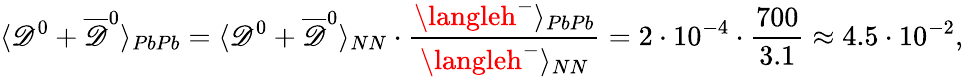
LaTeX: \langle\mathscr{D}^{0}+\overline{{{{\mathscr{D}}}}}^{0}\rangle_{PbPb}=\langle\mathscr{D}^{0}+\overline{{{{\mathscr{D}}}}}^{0}\rangle_{NN}\cdot\frac{{\langleh^{-}\rangle_{PbPb}}}{{\langleh^{-}\rangle_{NN}}}=2\cdot10^{-4}\cdot\frac{{700}}{{3.1}}\approx4.5\cdot10^{-2},